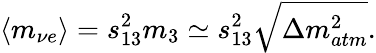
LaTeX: \langle m_{\nu e}\rangle=s_{13}^{2}m_{3}\simeq s_{13}^{2}\sqrt{\Delta m_{atm}^{2}}.